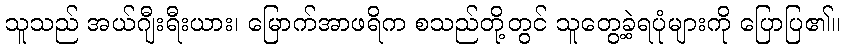
သူသည် အယ်ဂျီးရီးယား၊ မြောက်အာဖရိက စသည်တို့တွင် သူတွေ့ခဲ့ရပုံများကို ပြောပြ၏။